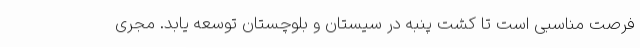
فرصت مناسبی است تا کشت پنبه در سیستان و بلوچستان توسعه یابد. مجری